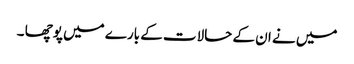
میں نے ان کے حالات کے بارے میں پوچھا ۔